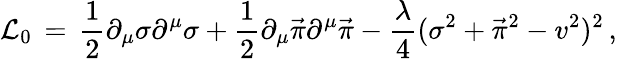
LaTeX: {\cal L}_{0}\, =\, {\frac{1}{2}}\partial_{\mu}\sigma\partial^{\mu}\sigma+{\frac{1}{2}}\partial_{\mu}{\vec{\pi}}\partial^{\mu}{\vec{\pi}}-{\frac{\lambda}{4}}(\sigma^{2}+{\vec{\pi}}^{2}-v^{2})^{2}\, ,